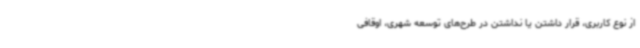
از نوع کاربری، قرار داشتن یا نداشتن در طرح‌های توسعه شهری، اوقافی